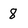
Character: 8